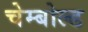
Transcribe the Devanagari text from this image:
चेम्बोल्ड